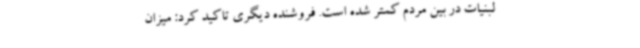
لبنیات در بین مردم کمتر شده است. فروشنده دیگری تاکید کرد: ‌میزان